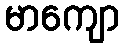
မာကျော